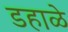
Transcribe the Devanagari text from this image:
डहाळे